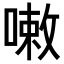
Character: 𠻳